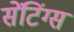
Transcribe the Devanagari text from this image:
सेंटिंग्स